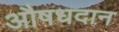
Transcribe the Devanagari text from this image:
औषधदान